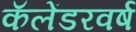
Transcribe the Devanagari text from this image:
कॅलेंडरवर्ष